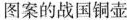
图案的战国铜壶